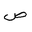
Letter: _sad